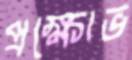
প্রক্ষোভ